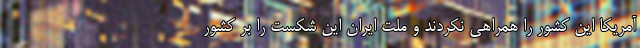
آمریکا این کشور را همراهی نکردند و ملت ایران این شکست را بر کشور